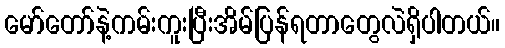
မော်တော်နဲ့ကမ်းကူးပြီးအိမ်ပြန်ရတာတွေလဲရှိပါတယ်။